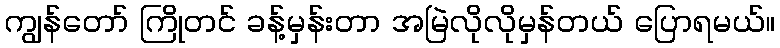
ကျွန်တော် ကြိုတင် ခန့်မှန်းတာ အမြဲလိုလိုမှန်တယ် ပြောရမယ်။